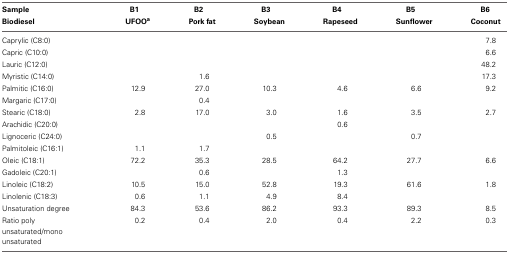
<table><thead><tr><td><b>Sample Biodiesel</b></td><td><b>B1 UFOO<sup>a</sup></b></td><td><b>B2 Pork fat</b></td><td><b>B3 Soybean</b></td><td><b>B4 Rapeseed</b></td><td><b>B5 Sunflower</b></td><td><b>B6 Coconut</b></td></tr></thead><tbody><tr><td>Caprylic (C8:0)</td><td></td><td></td><td></td><td></td><td></td><td>7.8</td></tr><tr><td>Capric (C10:0)</td><td></td><td></td><td></td><td></td><td></td><td>6.6</td></tr><tr><td>Lauric (C12:0)</td><td></td><td></td><td></td><td></td><td></td><td>48.2</td></tr><tr><td>Myristic (C14:0)</td><td></td><td>1.6</td><td></td><td></td><td></td><td>17.3</td></tr><tr><td>Palmitic (C16:0)</td><td>12.9</td><td>27.0</td><td>10.3</td><td>4.6</td><td>6.6</td><td>9.2</td></tr><tr><td>Margaric (C17:0)</td><td></td><td>0.4</td><td></td><td></td><td></td><td></td></tr><tr><td>Stearic (C18:0)</td><td>2.8</td><td>17.0</td><td>3.0</td><td>1.6</td><td>3.5</td><td>2.7</td></tr><tr><td>Arachidic (C20:0)</td><td></td><td></td><td></td><td>0.6</td><td></td><td></td></tr><tr><td>Lignoceric (C24:0)</td><td></td><td></td><td>0.5</td><td></td><td>0.7</td><td></td></tr><tr><td>Palmitoleic (C16:1)</td><td>1.1</td><td>1.7</td><td></td><td></td><td></td><td></td></tr><tr><td>Oleic (C18:1)</td><td>72.2</td><td>35.3</td><td>28.5</td><td>64.2</td><td>27.7</td><td>6.6</td></tr><tr><td>Gadoleic (C20:1)</td><td></td><td>0.6</td><td></td><td>1.3</td><td></td><td></td></tr><tr><td>Linoleic (C18:2)</td><td>10.5</td><td>15.0</td><td>52.8</td><td>19.3</td><td>61.6</td><td>1.8</td></tr><tr><td>Linolenic (C18:3)</td><td>0.6</td><td>1.1</td><td>4.9</td><td>8.4</td><td></td><td></td></tr><tr><td>Unsaturation degree</td><td>84.3</td><td>53.6</td><td>86.2</td><td>93.3</td><td>89.3</td><td>8.5</td></tr><tr><td>Ratio poly unsaturated/mono unsaturated</td><td>0.2</td><td>0.4</td><td>2.0</td><td>0.4</td><td>2.2</td><td>0.3</td></tr></tbody></table>